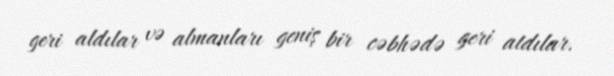
geri aldılar və almanları geniş bir cəbhədə geri atdılar.